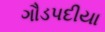
ગૌડપદીયા